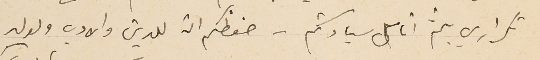
تكراري بلثم انامل سيادتكم - حفظكم الله للدين والادب ولولد